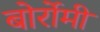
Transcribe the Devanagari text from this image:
बोर्रोमी